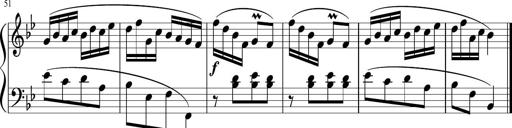
Title: 12 Keyboard Sonatinas
Composer: James Hook